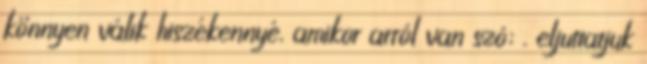
könnyen válik hiszékennyé, amikor arról van szó; . eljuttatjuk